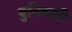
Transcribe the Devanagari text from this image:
बुनिवादी